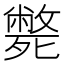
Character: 斃